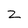
Character: Z